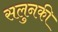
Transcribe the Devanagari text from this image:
सलुनकी